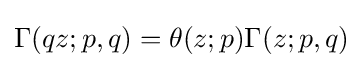
\Gamma (qz;p,q)=\theta (z;p)\Gamma (z;p,q)